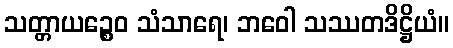
သတ္တာယဉ္စေဝ သံသာရေ၊ ဘဝေါ သဿတဒိဋ္ဌိယံ။